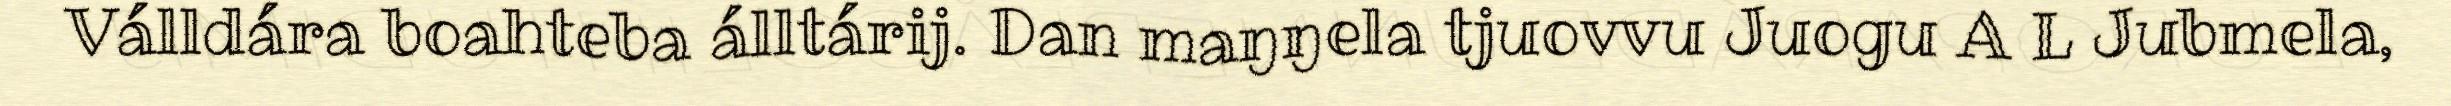
Válldára boahteba álltárij. Dan maŋŋela tjuovvu Juogu A L Jubmela,